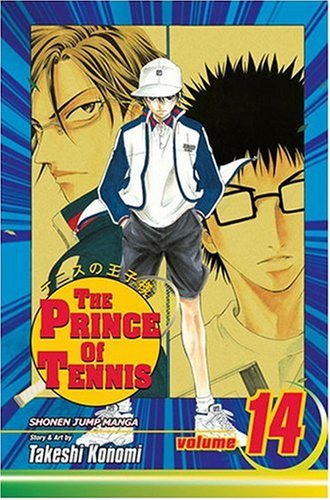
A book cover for The Prince of Tennis, Vol. 14 (v. 14); Takeshi Konomi; Comics & Graphic Novels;